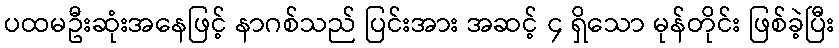
ပထမဦးဆုံးအနေဖြင့် နာဂစ်သည် ပြင်းအား အဆင့် ၄ ရှိသော မုန်တိုင်း ဖြစ်ခဲ့ပြီး